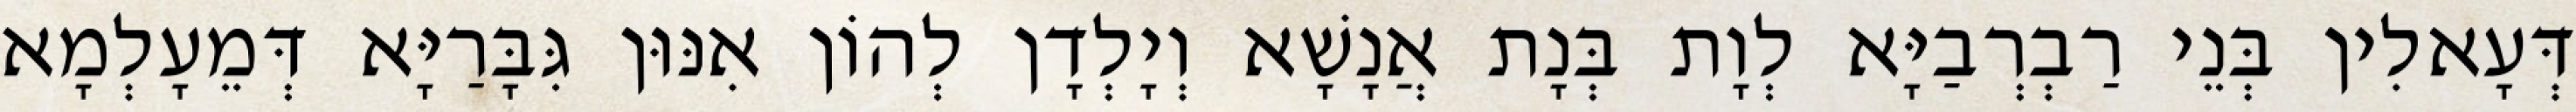
דְּעָאלִין בְּנֵי רַבְרְבַיָּא לְוָת בְּנָת אֲנָשָׁא וְיָלְדָן לְהוֹן אִנּוּן גִּבָּרַיָּא דְּמֵעָלְמָא